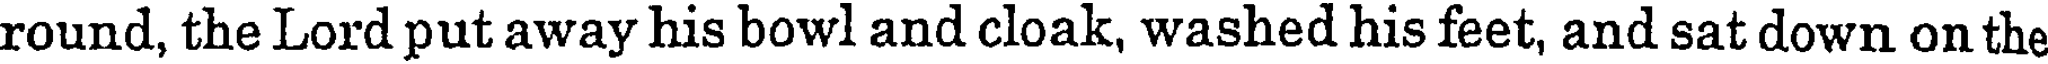
round, the Lord put away his bowl and cloak, washed his feet, and sat down on the